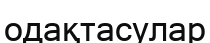
одақтасулар